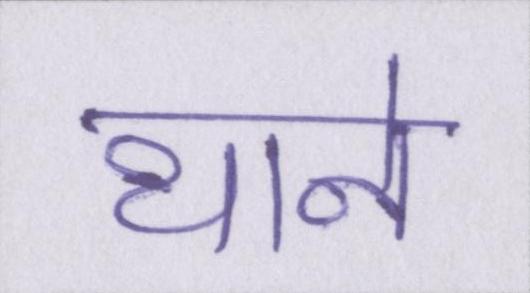
थाने